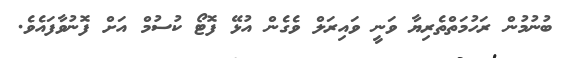
ބުނުމުން ރަހުމަތްތެރިޔާ ވަނީ ވައިރަލް ވެގެން އުޅޭ ފޮޓޯ ކުސުމް އަށް ފޮނުވާފައެވެ.